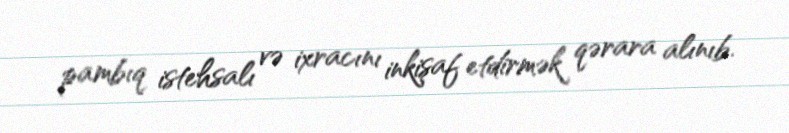
pambıq istehsalı və ixracını inkişaf etdirmək qərara alınıb.